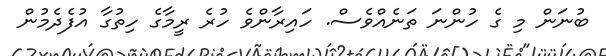
ބުނަން މި ގެ ހުންނަ ތަނެއްވެސް. ހައިރާންވެ ހުރެ ރީމާގެ ހިތުގާ އުފެދެމުން